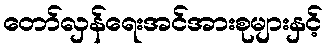
တော်လှန်ရေးအင်အားစုများနှင့်